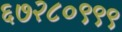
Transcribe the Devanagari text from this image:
६७२८०९९९